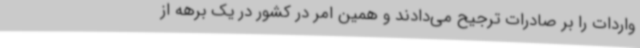
واردات را بر صادرات ترجیح می‌دادند و همین امر در کشور در یک برهه از